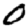
Digit: 0